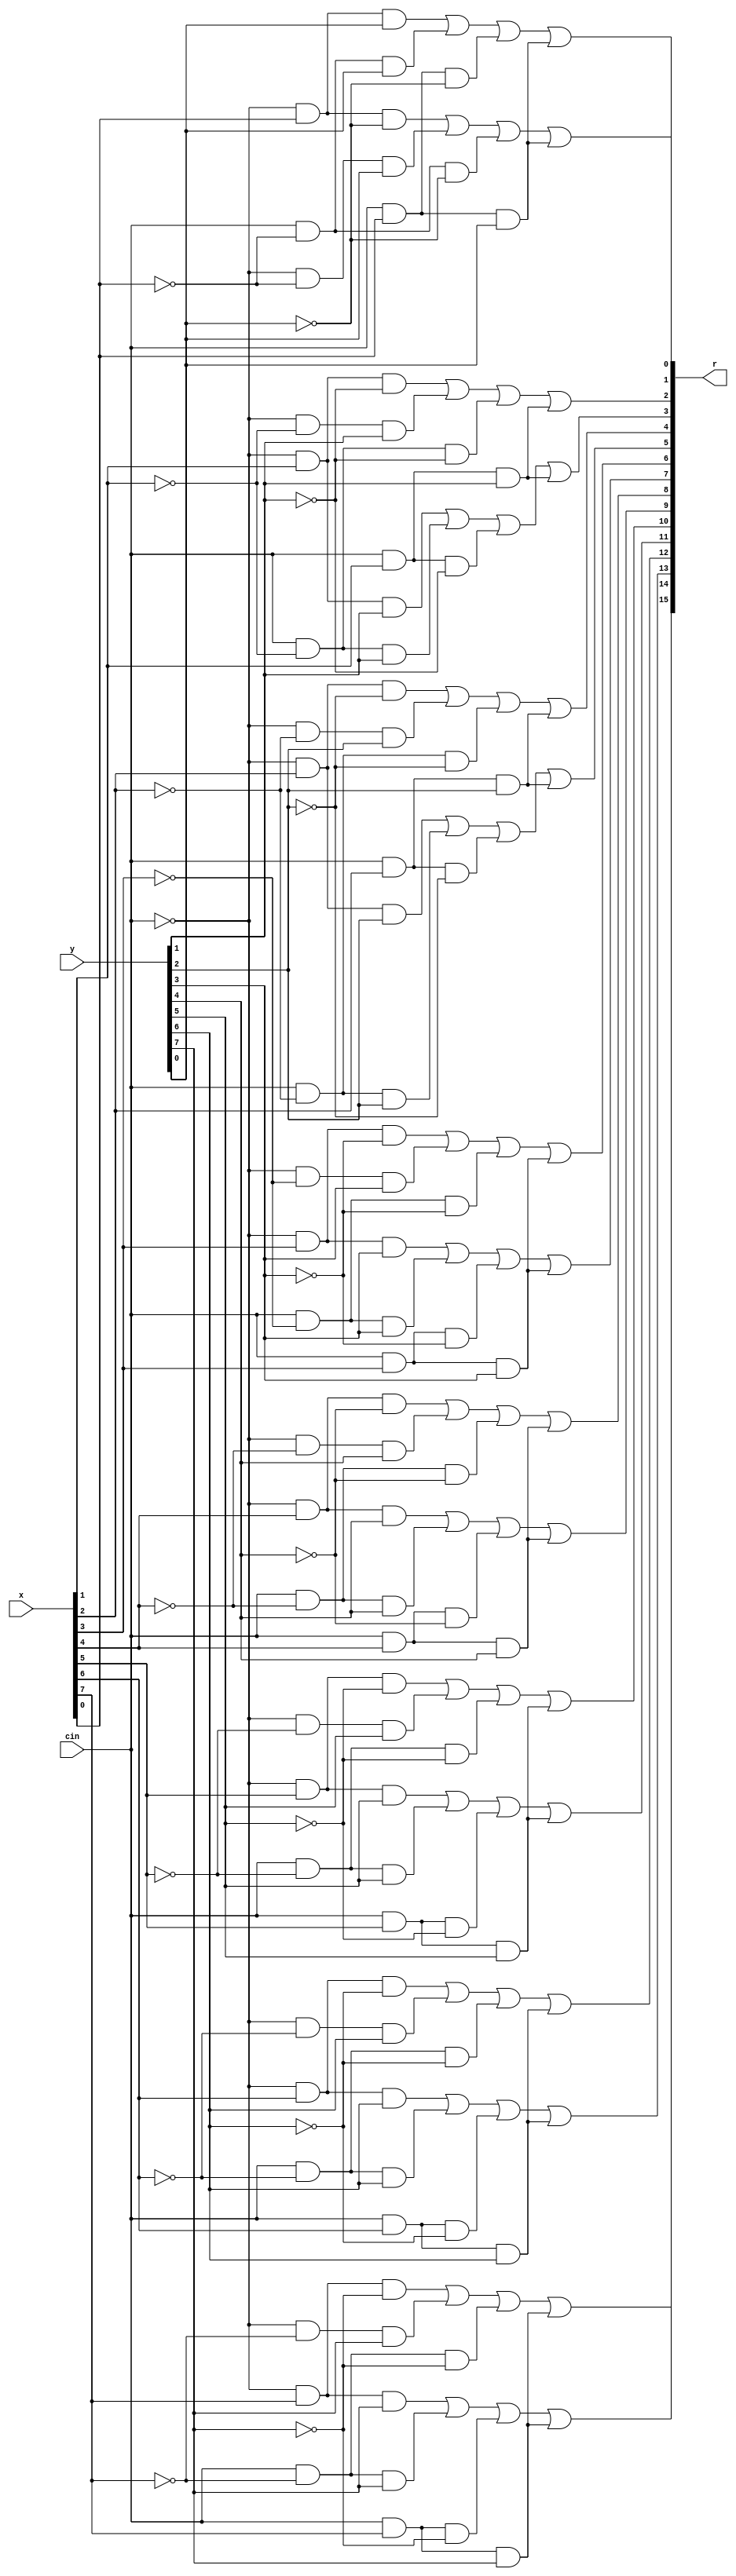
`timescale 1ns / 1ps
module FA1(
    input [7:0]x,
    input [7:0]y,
    output [15:0]r,
    input cin
    );
    assign r[0]=  ((~cin) & x[0] &(~y[0])) | ((~cin) &(~x[0])&y[0] ) | (cin &(~x[0]) &(~y[0])) | (cin & x[0] & y[0])     ;
    assign r[1] = ((~cin) & x[0] &y[0]) | ((cin) &(~x[0])&y[0] ) | (cin &(x[0]) &(~y[0])) | (cin & x[0] & y[0])  ;
    assign r[2]=  ((~cin) & x[1] &(~y[1])) | ((~cin) &(~x[1])&y[1] ) | (cin &(~x[1]) &(~y[1])) | (cin & x[1] & y[1])     ;
    assign r[3] = ((~cin) & x[1] &y[1]) | ((cin) &(~x[1])&y[1] ) | (cin &(x[1]) &(~y[1])) | (cin & x[1] & y[1])  ;
    assign r[4]=  ((~cin) & x[2] &(~y[2])) | ((~cin) &(~x[2])&y[2] ) | (cin &(~x[2]) &(~y[2])) | (cin & x[2] & y[2])     ;
    assign r[5] = ((~cin) & x[2] &y[2]) | ((cin) &(~x[2])&y[2] ) | (cin &(x[2]) &(~y[2])) | (cin & x[2] & y[2])  ;
    assign r[6]=  ((~cin) & x[3] &(~y[3])) | ((~cin) &(~x[3])&y[3] ) | (cin &(~x[3]) &(~y[3])) | (cin & x[3] & y[3])     ;
    assign r[7] = ((~cin) & x[3] &y[3]) | ((cin) &(~x[3])&y[3] ) | (cin &(x[3]) &(~y[3])) | (cin & x[3] & y[3])  ;
    assign r[8]=  ((~cin) & x[4] &(~y[4])) | ((~cin) &(~x[4])&y[4] ) | (cin &(~x[4]) &(~y[4])) | (cin & x[4] & y[4])     ;
    assign r[9] = ((~cin) & x[4] &y[4]) | ((cin) &(~x[4])&y[4] ) | (cin &(x[4]) &(~y[4])) | (cin & x[4] & y[4])  ;
    assign r[10]=  ((~cin) & x[5] &(~y[5])) | ((~cin) &(~x[5])&y[5] ) | (cin &(~x[5]) &(~y[5])) | (cin & x[5] & y[5])     ;
    assign r[11] = ((~cin) & x[5] &y[5]) | ((cin) &(~x[5])&y[5] ) | (cin &(x[5]) &(~y[5])) | (cin & x[5] & y[5])  ;
    assign r[12]=  ((~cin) & x[6] &(~y[6])) | ((~cin) &(~x[6])&y[6] ) | (cin &(~x[6]) &(~y[6])) | (cin & x[6] & y[6])     ;
    assign r[13] = ((~cin) & x[6] &y[6]) | ((cin) &(~x[6])&y[6] ) | (cin &(x[6]) &(~y[6])) | (cin & x[6] & y[6])  ;
    assign r[14]=  ((~cin) & x[7] &(~y[7])) | ((~cin) &(~x[7])&y[7] ) | (cin &(~x[7]) &(~y[7])) | (cin & x[7] & y[7])     ;
    assign r[15] = ((~cin) & x[7] &y[7]) | ((cin) &(~x[7])&y[7] ) | (cin &(x[7]) &(~y[7])) | (cin & x[7] & y[7])  ;
    
endmodule